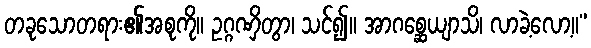
တခုသောတရား၏အစုကို။ ဥဂ္ဂဏှိတွာ၊ သင်၍။ အာဂစ္ဆေယျာသိ၊ လာခဲ့လော့။”